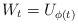
LaTeX: \begin{align*}W_{t}=U_{\phi(t)}\end{align*}